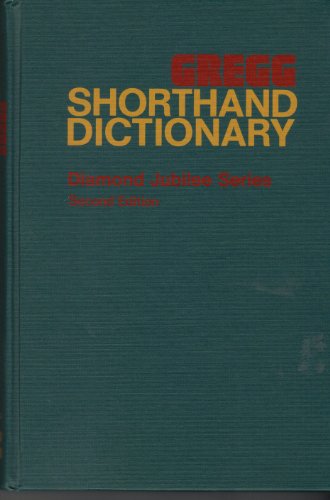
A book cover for Gregg Shorthand Dictionary (Diamond jubilee series); John Robert Gregg; Business & Money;